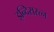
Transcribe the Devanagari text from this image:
इन्दिरारत्न